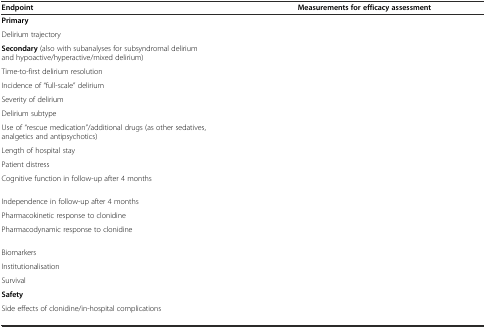
<table><thead><tr><td><b>Endpoint</b></td><td><b>Measurements for efficacy assessment</b></td></tr></thead><tbody><tr><td colspan="2"><b>Primary</b></td></tr><tr><td>Delirium trajectory</td><td>[EMPTY_CELL]</td></tr><tr><td colspan="2"><b>Secondary</b> (also with subanalyses for subsyndromal delirium and hypoactive/hyperactive/mixed delirium)</td></tr><tr><td>Time-to-first delirium resolution</td><td>[EMPTY_CELL]</td></tr><tr><td>Incidence of “full-scale” delirium</td><td>[EMPTY_CELL]</td></tr><tr><td>Severity of delirium</td><td>[EMPTY_CELL]</td></tr><tr><td>Delirium subtype</td><td>[EMPTY_CELL]</td></tr><tr><td>Use of “rescue medication”/additional drugs (as other sedatives, analgetics and antipsychotics)</td><td>[EMPTY_CELL]</td></tr><tr><td>Length of hospital stay</td><td>[EMPTY_CELL]</td></tr><tr><td>Patient distress</td><td>[EMPTY_CELL]</td></tr><tr><td>Cognitive function in follow-up after 4 months</td><td>[EMPTY_CELL]</td></tr><tr><td>Independence in follow-up after 4 months</td><td>[EMPTY_CELL]</td></tr><tr><td>Pharmacokinetic response to clonidine</td><td>[EMPTY_CELL]</td></tr><tr><td>Pharmacodynamic response to clonidine</td><td>[EMPTY_CELL]</td></tr><tr><td>Biomarkers</td><td>[EMPTY_CELL]</td></tr><tr><td>Institutionalisation</td><td>[EMPTY_CELL]</td></tr><tr><td>Survival</td><td>[EMPTY_CELL]</td></tr><tr><td colspan="2"><b>Safety</b></td></tr><tr><td>Side effects of clonidine/in-hospital complications</td><td>[EMPTY_CELL]</td></tr></tbody></table>